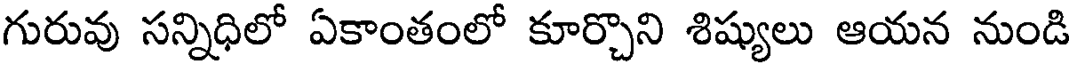
గురువు సన్నిధిలో ఏకాంతంలో కూర్చొని శిష్యులు ఆయన నుండి